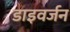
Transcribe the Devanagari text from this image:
डाइवर्जन